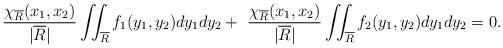
LaTeX: \begin{align*}{\chi_{\overline{R}}(x_1,x_2)\over |\overline{R}|}\iint_{\overline{R}}f_1(y_1,y_2)dy_1dy_2+\ {\chi_{\overline{R}}(x_1,x_2)\over |\overline{R}|}\iint_{\overline{R}}f_2(y_1,y_2)dy_1dy_2=0.\end{align*}